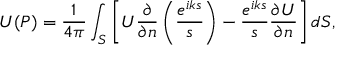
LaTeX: U ( P ) = { \frac { 1 } { 4 \pi } } \int _ { S } \left[ U { \frac { \partial } { \partial n } } \left( { \frac { e ^ { i k s } } { s } } \right) - { \frac { e ^ { i k s } } { s } } { \frac { \partial U } { \partial n } } \right] d S ,